Indian journal of veterinary science and animal husbandry - Volumes 18-21, 1948-1951
Year: 1948
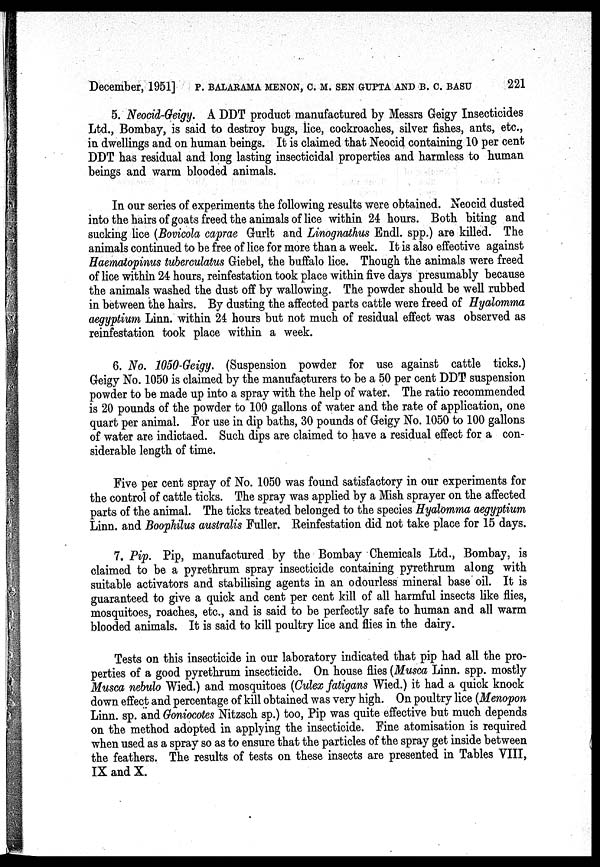
December, 1951] P. BALARAMA MENON, C. M. SEN GUPTA AND B. C. BASU 221
5. Neocid-Geigy. A DDT product manufactured by Messrs Geigy Insecticides
Ltd., Bombay, is said to destroy bugs, lice, cockroaches, silver fishes, ants, etc.,
in dwellings and on human beings. It is claimed that Neocid containing 10 per cent
DDT has residual and long lasting insecticidal properties and harmless to human
beings and warm blooded animals.
In our series of experiments the following results were obtained. Neocid dusted
into the hairs of goats freed the animals of lice within 24 hours. Both biting and
sucking lice (Bovicola caprae Gurlt and Linognathus Endl. spp.) are killed. The
animals continued to be free of lice for more than a week. It is also effective against
Haematopinus tuberculatus Giebel, the buffalo lice. Though the animals were freed
of lice within 24 hours, reinfestation took place within five days presumably because
the animals washed the dust off by wallowing. The powder should be well rubbed
in between the hairs. By dusting the affected parts cattle were freed of Hyalomma
aegyptium Linn. within 24 hours but not much of residual effect was observed as
reinfestation took place within a week.
6. No. 1050-Geigy. (Suspension powder for use against cattle ticks.)
Geigy No. 1050 is claimed by the manufacturers to be a 50 per cent DDT suspension
powder to be made up into a spray with the help of water. The ratio recommended
is 20 pounds of the powder to 100 gallons of water and the rate of application, one
quart per animal. For use in dip baths, 30 pounds of Geigy No. 1050 to 100 gallons
of water are indictaed. Such dips are claimed to have a residual effect for a con-
siderable length of time.
Five per cent spray of No. 1050 was found satisfactory in our experiments for
the control of cattle ticks. The spray was applied by a Mish sprayer on the affected
parts of the animal. The ticks treated belonged to the species Hyalomma aegyptium
Linn. and Boophilus australis Fuller. Reinfestation did not take place for 15 days.
7. Pip. Pip, manufactured by the Bombay Chemicals Ltd., Bombay, is
claimed to be a pyrethrum spray insecticide containing pyrethrum along with
suitable activators and stabilising agents in an odourless mineral base oil. It is
guaranteed to give a quick and cent per cent kill of all harmful insects like flies,
mosquitoes, roaches, etc., and is said to be perfectly safe to human and all warm
blooded animals. It is said to kill poultry lice and flies in the dairy.
Tests on this insecticide in our laboratory indicated that pip had all the pro-
perties of a good pyrethrum insecticide. On house flies (Musca Linn. spp. mostly
Musca nebulo Wied.) and mosquitoes (Culex fatigans Wied.) it had a quick knock
down effect and percentage of kill obtained was very high. On poultry lice (Menopon
Linn. sp. and Goniocotes Nitzsch sp.) too, Pip was quite effective but much depends
on the method adopted in applying the insecticide. Fine atomisation is required
when used as a spray so as to ensure that the particles of the spray get inside between
the feathers. The results of tests on these insects are presented in Tables VIII,
IX and X.